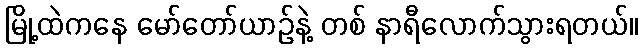
မြို့ထဲကနေ မော်တော်ယာဉ်နဲ့ တစ် နာရီလောက်သွားရတယ်။